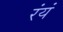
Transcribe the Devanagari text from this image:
रंयं